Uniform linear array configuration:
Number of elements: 8
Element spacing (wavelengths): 0.75
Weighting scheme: uniform
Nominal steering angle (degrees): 60
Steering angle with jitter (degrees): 61.094
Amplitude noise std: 0.05
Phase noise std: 0.05

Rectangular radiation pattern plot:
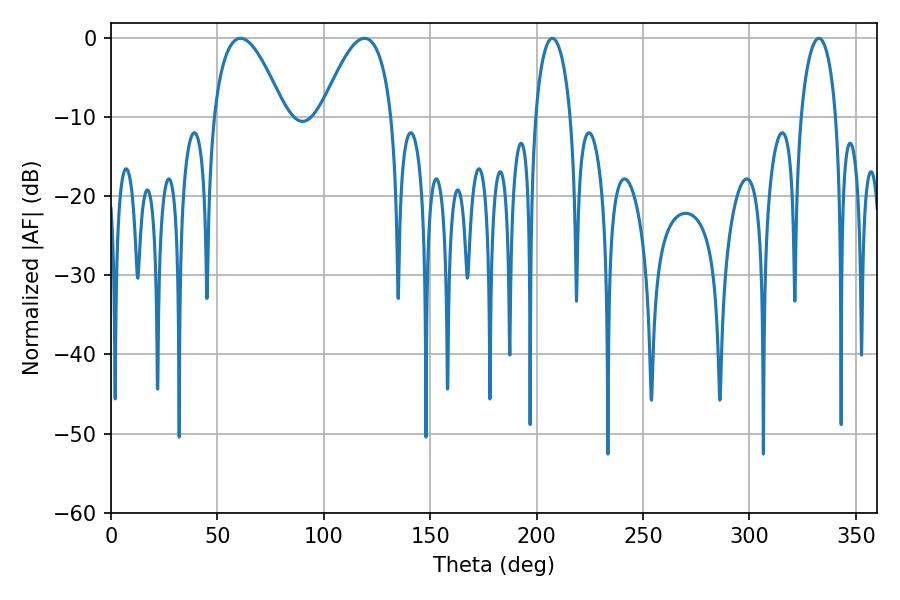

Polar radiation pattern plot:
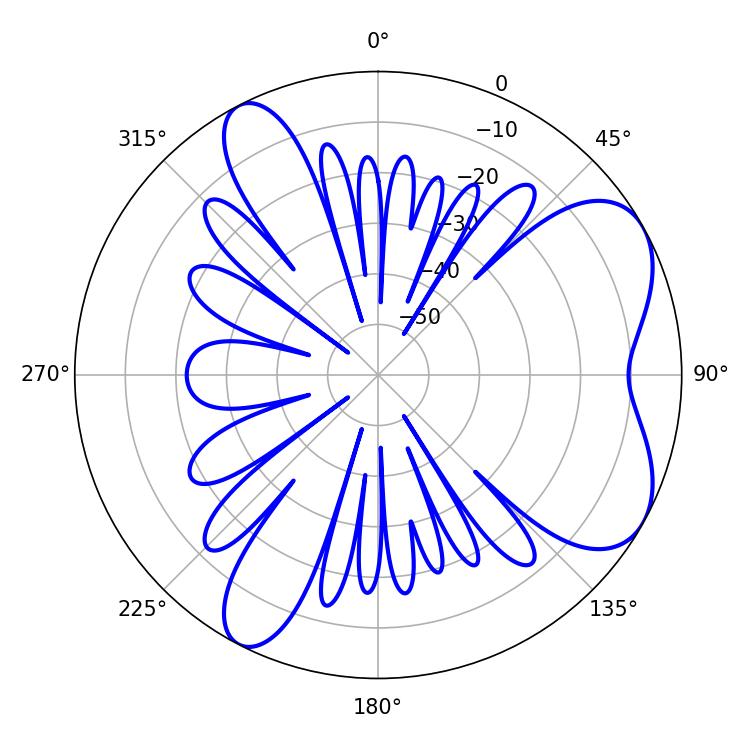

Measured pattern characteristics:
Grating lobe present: TRUE
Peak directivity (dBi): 6.404
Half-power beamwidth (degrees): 18.18
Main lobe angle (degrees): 60.84